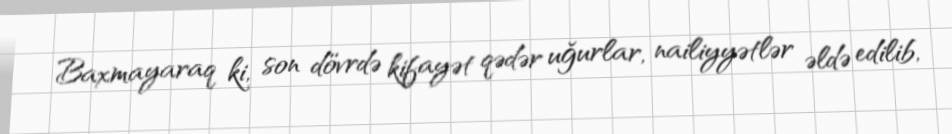
Baxmayaraq ki, son dövrdə kifayət qədər uğurlar, nailiyyətlər əldə edilib,